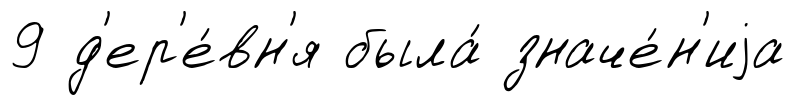
9 д'ер'е́вн'я была́ значе́н'иjа